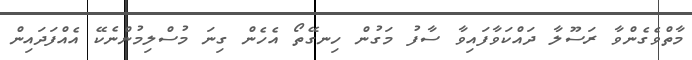
މާތްވެގެންވާ ރަސޫލާ ދައްކަވާފައިވާ ސާފު މަގުން ހިނގޭތޯ އެހެން ގިނަ މުސްލިމުންނެކޭ އެއްފަދައިން